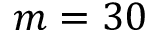
m = 3 0